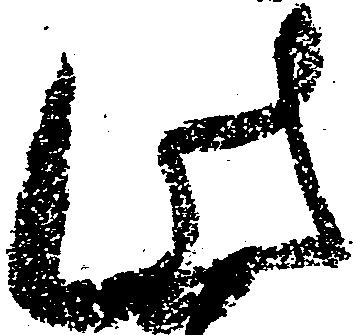
此